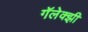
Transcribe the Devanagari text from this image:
गॅलेक्झी